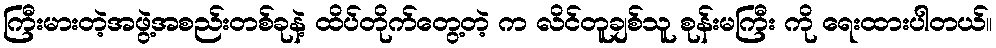
ကြီးမားတဲ့အဖွဲ့အစည်းတစ်ခုနဲ့ ထိပ်တိုက်တွေ့တဲ့ က လိင်တူချစ်သူ စုန်းမကြီး ကို ရေးထားပါတယ်။